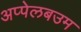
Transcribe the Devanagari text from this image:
अप्पेलबउम